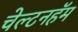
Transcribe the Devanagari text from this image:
चेल्टनहॅम